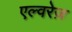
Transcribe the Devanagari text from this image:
एल्वरेज़